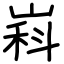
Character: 嵙